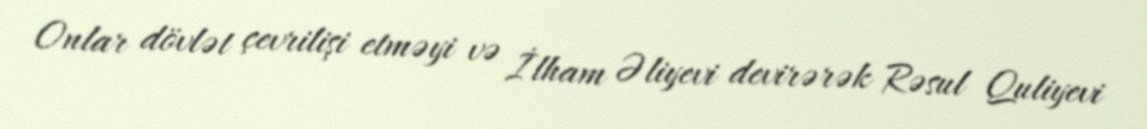
Onlar dövlət çevrilişi etməyi və İlham Əliyevi devirərək Rəsul Quliyevi